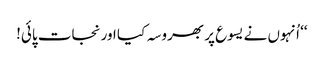
‘‘ اُنہوں نے یسوع پر بھروسہ کیا اور نجات پائی!